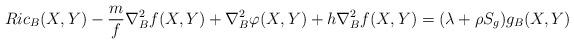
LaTeX: \begin{align*}Ric_B(X,Y)-\frac{m}{f}\nabla_B^2f(X,Y)+\nabla_B^2\varphi(X,Y)+h\nabla_B^2f(X,Y)=(\lambda+\rho S_g)g_B(X,Y)\end{align*}